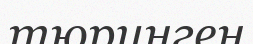
тюринген